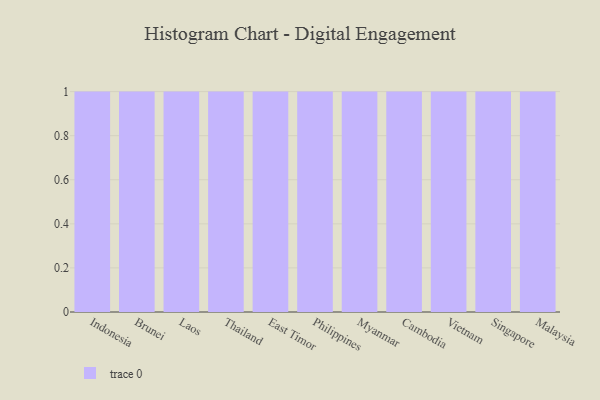
{"axis": {"x": "Country", "y": "Population (Million)"}, "legend": [""], "data": [{"x": "Indonesia", "y": 22, "type": ""}, {"x": "Brunei", "y": 98, "type": ""}, {"x": "Laos", "y": 13, "type": ""}, {"x": "Thailand", "y": 77, "type": ""}, {"x": "East Timor", "y": 25, "type": ""}, {"x": "Philippines", "y": 97, "type": ""}, {"x": "Myanmar", "y": 69, "type": ""}, {"x": "Cambodia", "y": 58, "type": ""}, {"x": "Vietnam", "y": 60, "type": ""}, {"x": "Singapore", "y": 98, "type": ""}, {"x": "Malaysia", "y": 87, "type": ""}]}